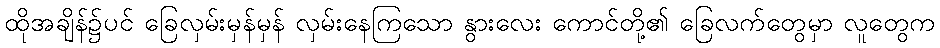
ထိုအချိန်၌ပင် ခြေလှမ်းမှန်မှန် လှမ်းနေကြသော နွားလေး ကောင်တို့၏ ခြေလက်တွေမှာ လူတွေက